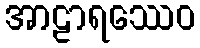
အာဠာရဿေဝ